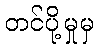
တင်ပို့မှုမှ